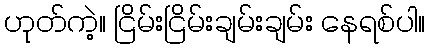
ဟုတ်ကဲ့။ ငြိမ်းငြိမ်းချမ်းချမ်း နေရစ်ပါ။